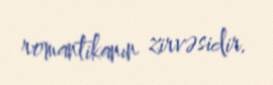
romantikanın zirvəsidir.